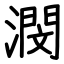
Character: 潣